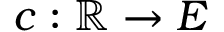
c : \mathbb { R } \to E